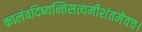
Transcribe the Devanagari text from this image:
कालंवदिष्यन्तिसत्यमीशंतमेवच।